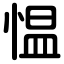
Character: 愠